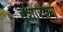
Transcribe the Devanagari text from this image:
हुशारपण